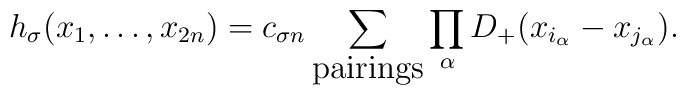
h_\sigma (x_1, \ldots, x_{2n} ) = c_{\sigma n} \sum_{\mbox{pairings}}\prod_\alpha	D_+ (x_{i_\alpha}	- x_{j_\alpha}) .